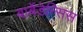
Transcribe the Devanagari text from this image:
बार्बेडेन्सिस